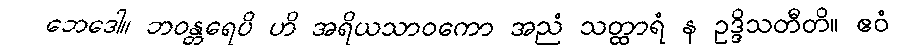
ဘေဒေါ။ ဘဝန္တရေပိ ဟိ အရိယသာဝကော အညံ သတ္ထာရံ န ဥဒ္ဒိသတီတိ။ ဧဝံ